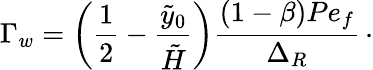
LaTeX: \Gamma_{w}=\left(\frac{1}{2}-\frac{\tilde{y}_{0}}{\tilde{H}}\right)\frac{(1-\beta)Pe_{f}}{\Delta_{R}}\, \cdot